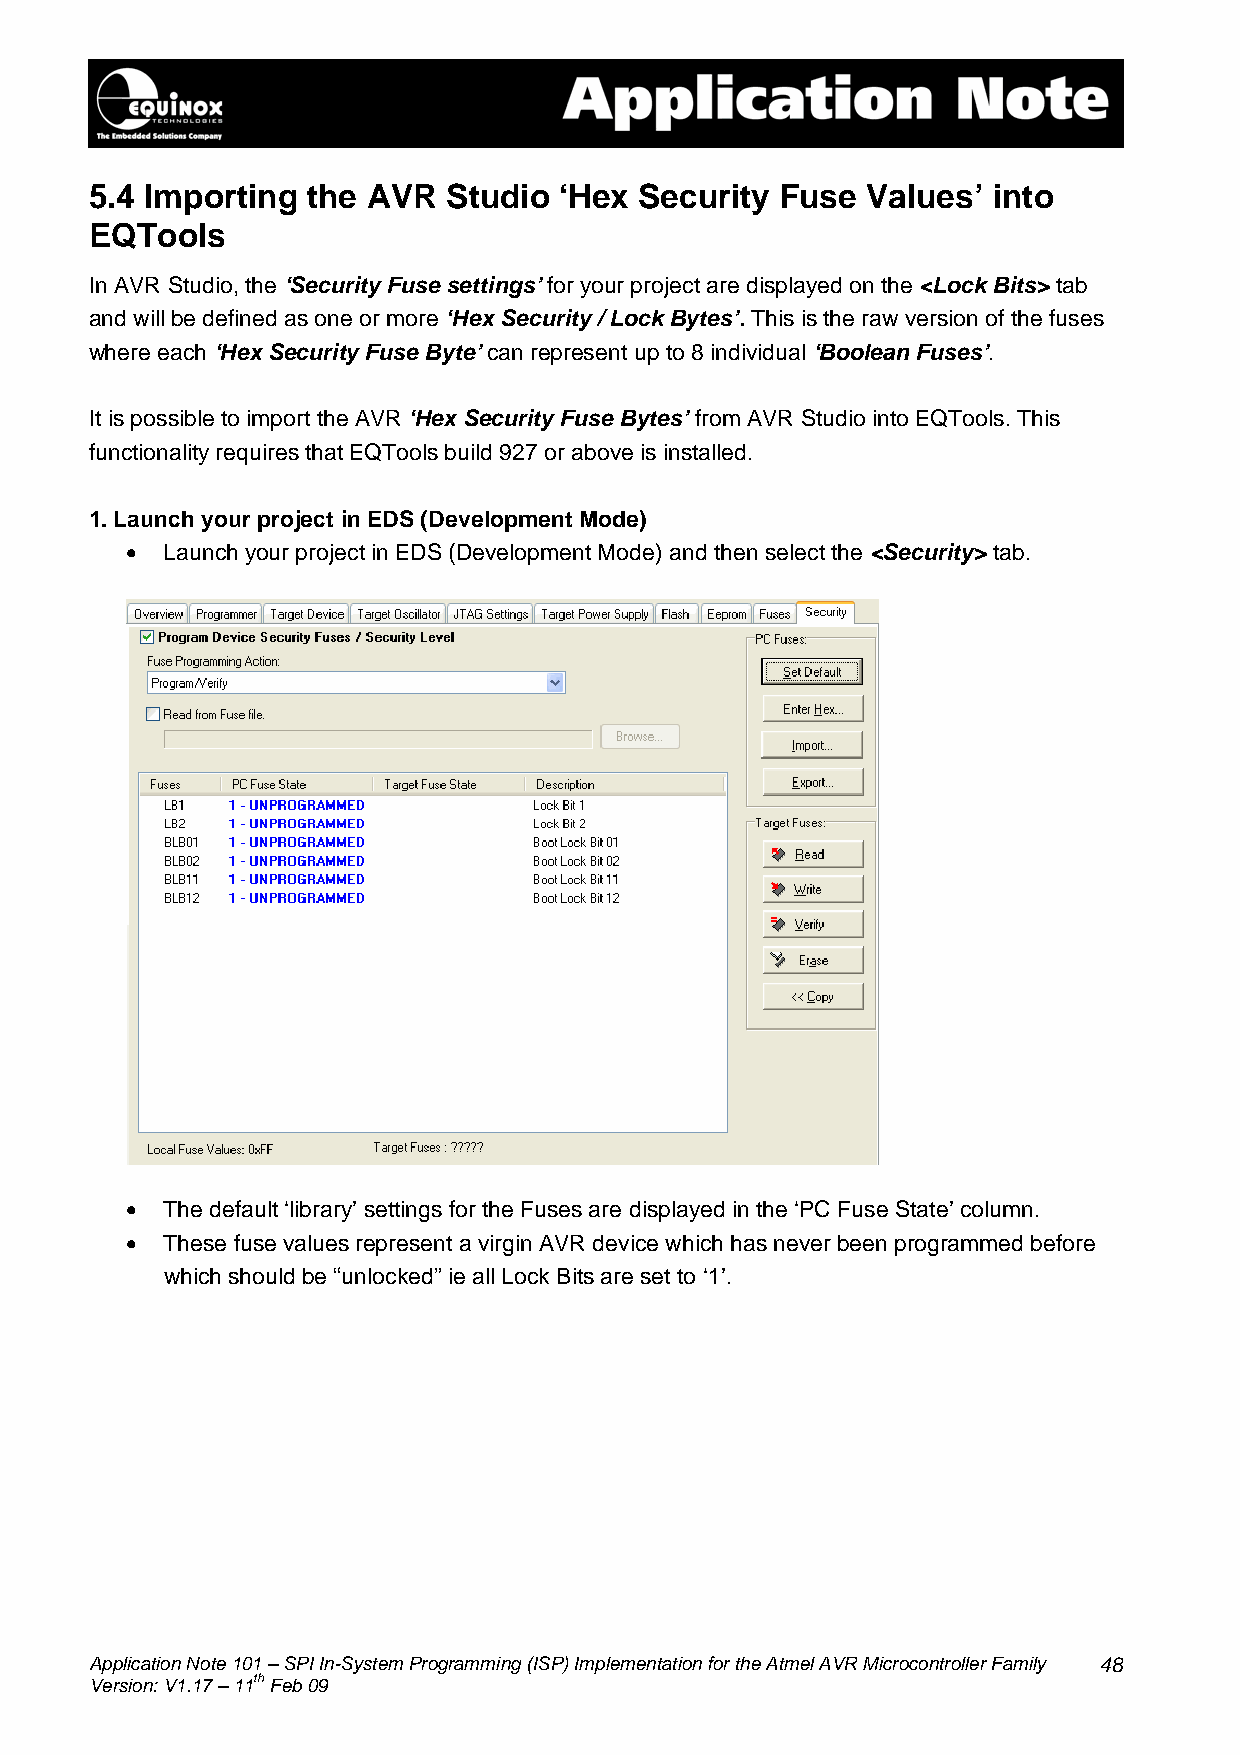
5.4 Importing the AVR   Studio ‘Hex Security  Fuse Values’  into
 EQTools
 In AVR Studio, the ‘Security Fuse settings’ for your project are displayed on the <Lock Bits> tab
 and will be defined as one or more ‘Hex Security / Lock Bytes’. This is the raw version of the fuses
 where each ‘Hex Security Fuse Byte’ can represent up to 8 individual ‘Boolean Fuses’.
 It is possible to import the AVR ‘Hex Security Fuse Bytes’ from AVR Studio into EQTools. This
 functionality requires that EQTools build 927 or above is installed.
 1. Launch your project in EDS (Development Mode)
 •  Launch your project in EDS (Development Mode) and then select the <Security> tab.
 •  The default ‘library’ settings for the Fuses are displayed in the ‘PC Fuse State’ column.
 •  These fuse values represent a virgin AVR device which has never been programmed before
 which should be “unlocked” ie all Lock Bits are set to ‘1’.
 Application Note 101 – SPI In-System Programming (ISP) Implementation for the Atmel AVR Microcontroller Family 48
 Version: V1.17 – 11th Feb 09